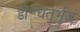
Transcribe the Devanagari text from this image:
डॉ॰चतुर्भुज